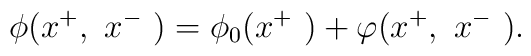
\phi( x^+,~x^-~)= \phi_0( x^+ ~) + \varphi( x^+,~x^-~).